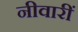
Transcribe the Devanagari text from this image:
नीवारीं